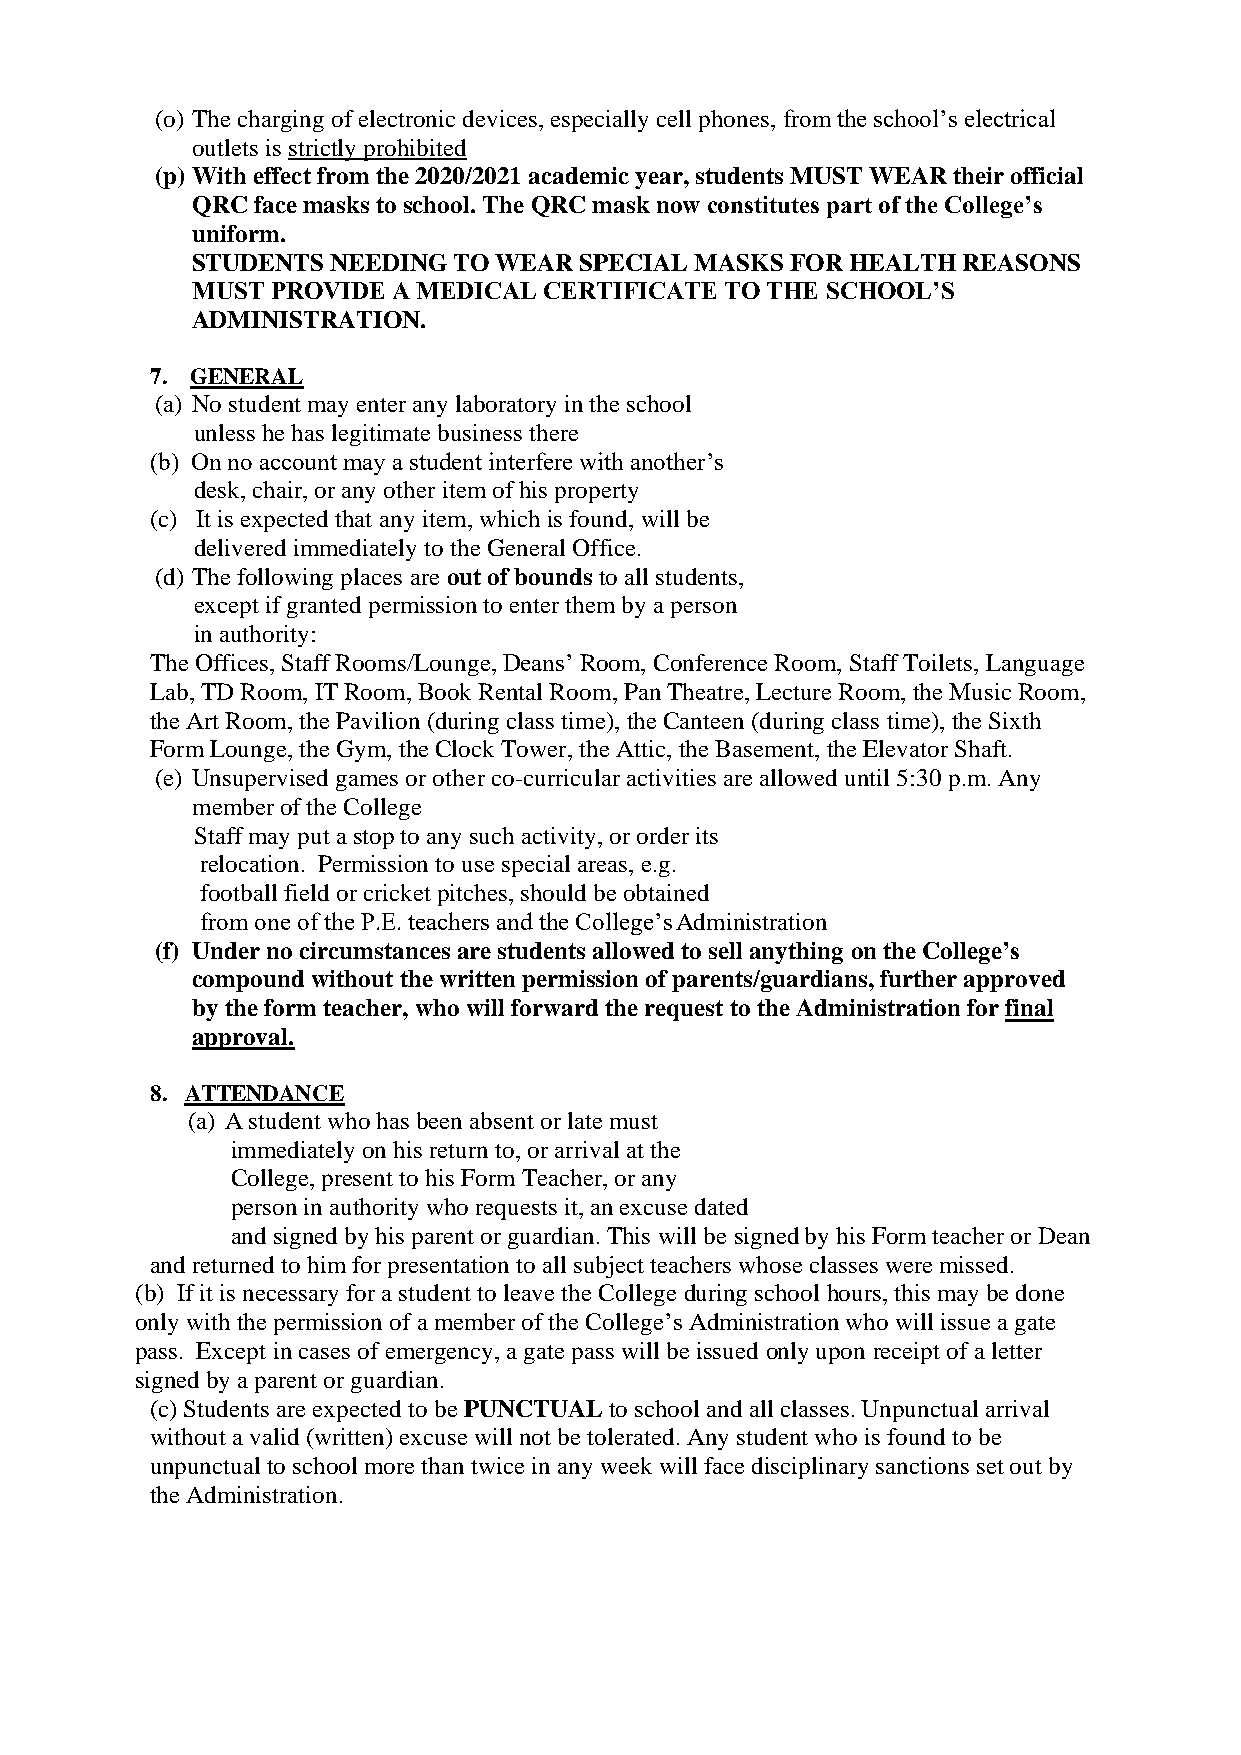
(o) The charging of electronic devices, especially cell phones, from the school’s electrical
 outlets is strictly prohibited
 (p) With effect from the 2020/2021 academic year, students MUST WEAR their official
 QRC face masks to school. The QRC mask now constitutes part of the College’s
 uniform.
 STUDENTS NEEDING TO WEAR SPECIAL MASKS FOR HEALTH  REASONS
 MUST PROVIDE A MEDICAL CERTIFICATE TO THE SCHOOL’S
 ADMINISTRATION.
 7. GENERAL
 (a) No student may enter any laboratory in the school
 unless he has legitimate business there
 (b) On no account may a student interfere with another’s
 desk, chair, or any other item of his property
 (c) It is expected that any item, which is found, will be
 delivered immediately to the General Office.
 (d) The following places are out of bounds to all students,
 except if granted permission to enter them by a person
 in authority:
 The Offices, Staff Rooms/Lounge, Deans’ Room, Conference Room, Staff Toilets, Language
 Lab, TD Room, IT Room, Book Rental Room, Pan Theatre, Lecture Room, the Music Room,
 the Art Room, the Pavilion (during class time), the Canteen (during class time), the Sixth
 Form Lounge, the Gym, the Clock Tower, the Attic, the Basement, the Elevator Shaft.
 (e) Unsupervised games or other co-curricular activities are allowed until 5:30 p.m. Any
 member of the College
 Staff may put a stop to any such activity, or order its
 relocation. Permission to use special areas, e.g.
 football field or cricket pitches, should be obtained
 from one of the P.E. teachers and the College’s Administration
 (f) Under no circumstances are students allowed to sell anything on the College’s
 compound without the written permission of parents/guardians, further approved
 by the form teacher, who will forward the request to the Administration for final
 approval.
 8. ATTENDANCE
 (a) A student who has been absent or late must
 immediately on his return to, or arrival at the
 College, present to his Form Teacher, or any
 person in authority who requests it, an excuse dated
 and signed by his parent or guardian. This will be signed by his Form teacher or Dean
 and returned to him for presentation to all subject teachers whose classes were missed.
 (b) If it is necessary for a student to leave the College during school hours, this may be done
 only with the permission of a member of the College’s Administration who will issue a gate
 pass. Except in cases of emergency, a gate pass will be issued only upon receipt of a letter
 signed by a parent or guardian.
 (c) Students are expected to be PUNCTUAL to school and all classes. Unpunctual arrival
 without a valid (written) excuse will not be tolerated. Any student who is found to be
 unpunctual to school more than twice in any week will face disciplinary sanctions set out by
 the Administration.